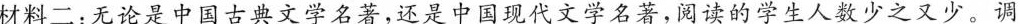
材料二：无论是中国古典文学名著，还是中国现代文学名著，阅读的学生人数少之又少。调